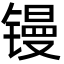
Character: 镘